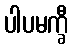
ပါပမက္ခီ